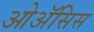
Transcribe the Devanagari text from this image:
ओॲसिस